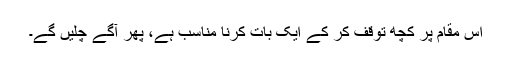
اس مقام پر کچھ توقف کر کے ایک بات کرنا مناسب ہے، پھر آگے چلیں گے۔